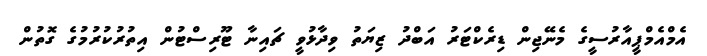
އެމްއެމްޕީއާރުސީގެ މެނޭޖިން ޑިރެކްޓަރު އަބްދު ޒިޔަތު ވިދާޅުވީ ޗައިނާ ޓޫރިސްޓުން އިތުރުކުރުމުގެ ގޮތުން